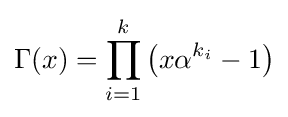
\Gamma (x)=\prod _{i=1}^{k}\left(x\alpha ^{k_{i}}-1\right)